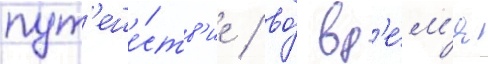
пут'еше́ств'ие / во́ вр'е́м'я